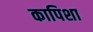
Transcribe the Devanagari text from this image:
कापिशा